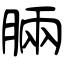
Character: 脼